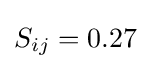
S_{ij}=0.27